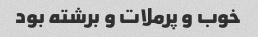
خوب و پرملات و برشته بود